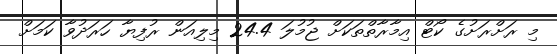
މި ރަށްރަށުގެ ކޯޓް އިމާރާތްތަކަށް ޖުމުލަ 24.4 މިލިއަން ރުފިޔާ ހަރަދުވާ ކަމަށް